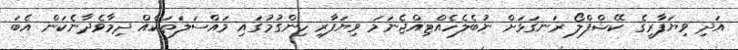
އަދި ވިޔަފާރީގެ ކޭޝްފްލޯ ރަނގަޅަށް ނުބެލެހެއްޓިއްޖެނަމަ ވިޔަފާރި ހިންގުމުގައި މައްސަލަތަކެއް ދިމާވެދާނެކަން އެބަ